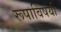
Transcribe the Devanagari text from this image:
रूपाविषयी